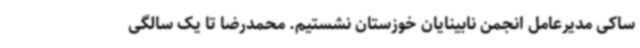
ساکی مدیرعامل انجمن نابینایان خوزستان نشستیم. محمدرضا تا یک سالگی